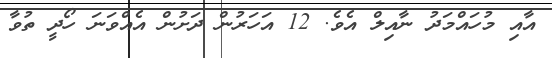
އާއި މުހައްމަދު ނާއިލް އެވެ. 12 އަހަރުން ދަށުން އެއްވަނަ ހޯދީ ތުވާ